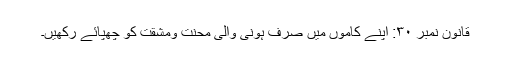
قانون نمبر ۳۰: اپنے کاموں میں صرف ہونی والی محنت ومشقت کو چھپائے رکھیں۔